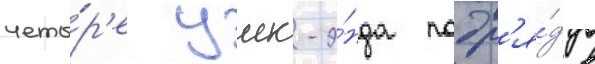
четы́р'е уик-э́нда подр'я́д в